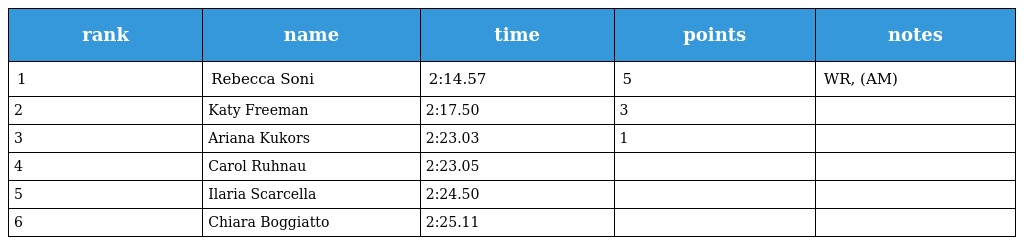
| rank | name | time | points | notes |
 | --- | --- | --- | --- | --- |
 | 1 | Rebecca Soni | 2:14.57 | 5 | WR, (AM) |
 | 2 | Katy Freeman | 2:17.50 | 3 |  |
 | 3 | Ariana Kukors | 2:23.03 | 1 |  |
 | 4 | Carol Ruhnau | 2:23.05 |  |  |
 | 5 | Ilaria Scarcella | 2:24.50 |  |  |
 | 6 | Chiara Boggiatto | 2:25.11 |  |  |